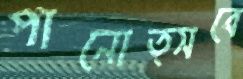
পানোত্সবে